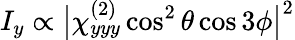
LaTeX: I_{y}\propto\big|\chi_{yyy}^{(2)}\cos^{2}\theta\cos 3\phi\big|^{2}